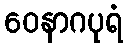
ဝေနာဂပုရံ